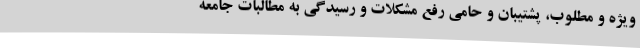
ویژه و مطلوب، پشتیبان و حامی رفع مشکلات و رسیدگی به مطالبات جامعه